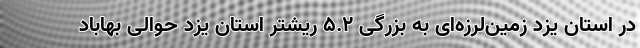
در استان یزد زمین‌لرزه‌ای به بزرگی ۵.۲ ریشتر استان یزد حوالی بهاباد